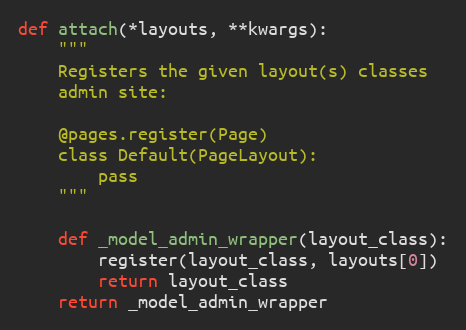
Language: Python
def attach(*layouts, **kwargs):
    """
    Registers the given layout(s) classes
    admin site:

    @pages.register(Page)
    class Default(PageLayout):
        pass
    """

    def _model_admin_wrapper(layout_class):
        register(layout_class, layouts[0])
        return layout_class
    return _model_admin_wrapper